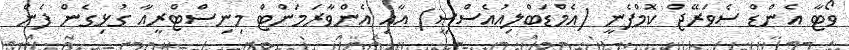
ވޯޓާ އެންޑް ސެވަރޭޖް ކޮމްޕެނީ (އެމްޑަބްލިއުއެސްސީ) އާއި އެންވާރަމަންޓް މިނިސްޓްރީއާ ގުޅިގެން ފެން